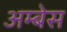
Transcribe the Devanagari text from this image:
अम्बेस